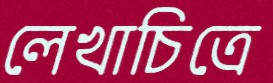
লেখাচিত্রে